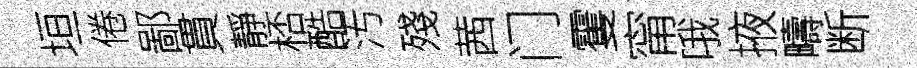
垣倦鄙貫靜桮酷汚殘茜门䨥甯哦掖疇断